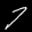
Label: 7